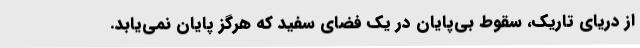
از دریای تاریک، سقوط بی‌پایان در یک فضای سفید که هرگز پایان نمی‌یابد.